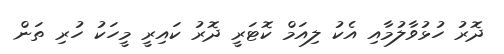
ދޮރު ހުޅުވާލުމާއި އެކު ލިއަމް ކޮޓަރީ ދޮރު ކައިރީ މީހަކު ހުރި ތަން